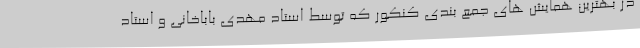
در بهترین همایش های جمع بندی کنکور که توسط استاد مهدی باباخانی و استاد